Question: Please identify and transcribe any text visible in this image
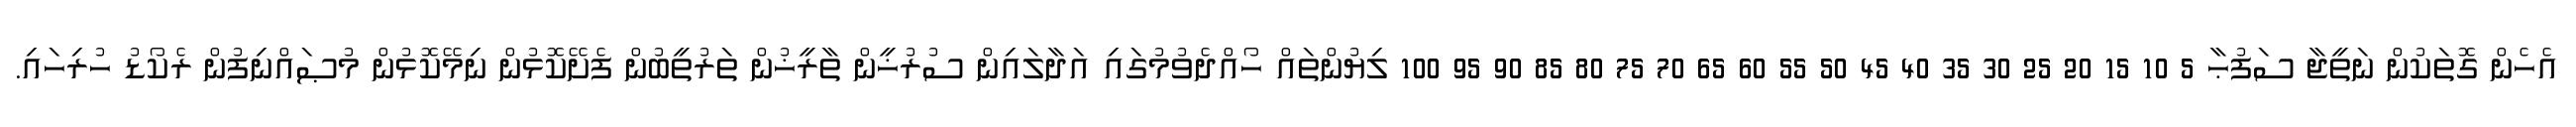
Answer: އެހެން ގޮތަކުން ނަތީޖާ ސަފުޙާ 5 10 15 20 25 30 35 40 45 50 55 60 65 70 75 80 85 90 95 100 ލިޔުންތައް ހޯއްދެވުމުގައި އަދާލައިން ސުރުޚީން ތާރީޚުން ތަރުތީބުން ފެށޭކޮޅުން ނިމޭކޮޅުން މުޞައްނިފުން ރެކޯޑު ހުރިހައި.